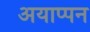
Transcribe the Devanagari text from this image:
अयाप्पन